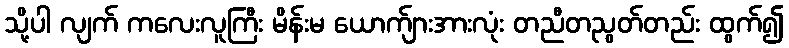
သို့ပါ လျက် ကလေးလူကြီး မိန်းမ ယောက်ျားအားလုံး တညီတညွတ်တည်း ထွက်၍